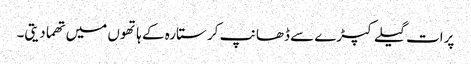
پرات گیلے کپڑے سے ڈھانپ کر ستارہ کے ہاتھوں میں تھما دیتی۔